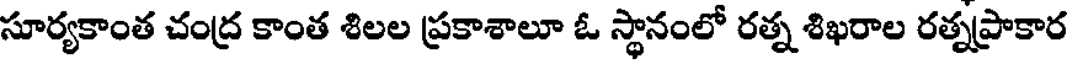
సూర్యకాంత చంద్ర కాంత శిలల ప్రకాశాలూ ఓ స్థానంలో రత్న శిఖరాల రత్నప్రాకార